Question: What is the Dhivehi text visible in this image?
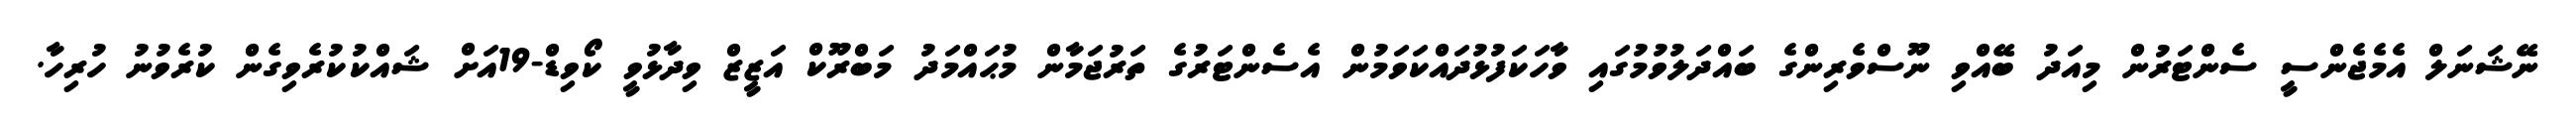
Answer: ނޭޝަނަލް އެމެޖެންސީ ސެންޓަރުން މިއަދު ބޭއްވި ނޫސްވެރިންގެ ބައްދަލުވުމުގައި ވާހަކަފުޅުދައްކަވަމުން އެސެންޓަރުގެ ތަރުޖަމާން މުޙައްމަދު މަބްރޫކް އަޒީޒް ވިދާޅުވީ ކޯވިޑް-19އަށް ޝައްކުކުރެވިގެން ކުރެވުނު ހުރިހާ.